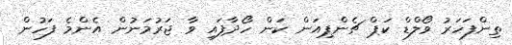
ތިންފަހަރު ވޯލްޑް ކަޕް ޗެންޕިއަން ކަން ހޯދާފައި ވާ ޖަރުމަނުން އެންމެ ފަހުން